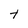
Character: t